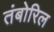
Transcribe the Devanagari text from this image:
तंबोरिल